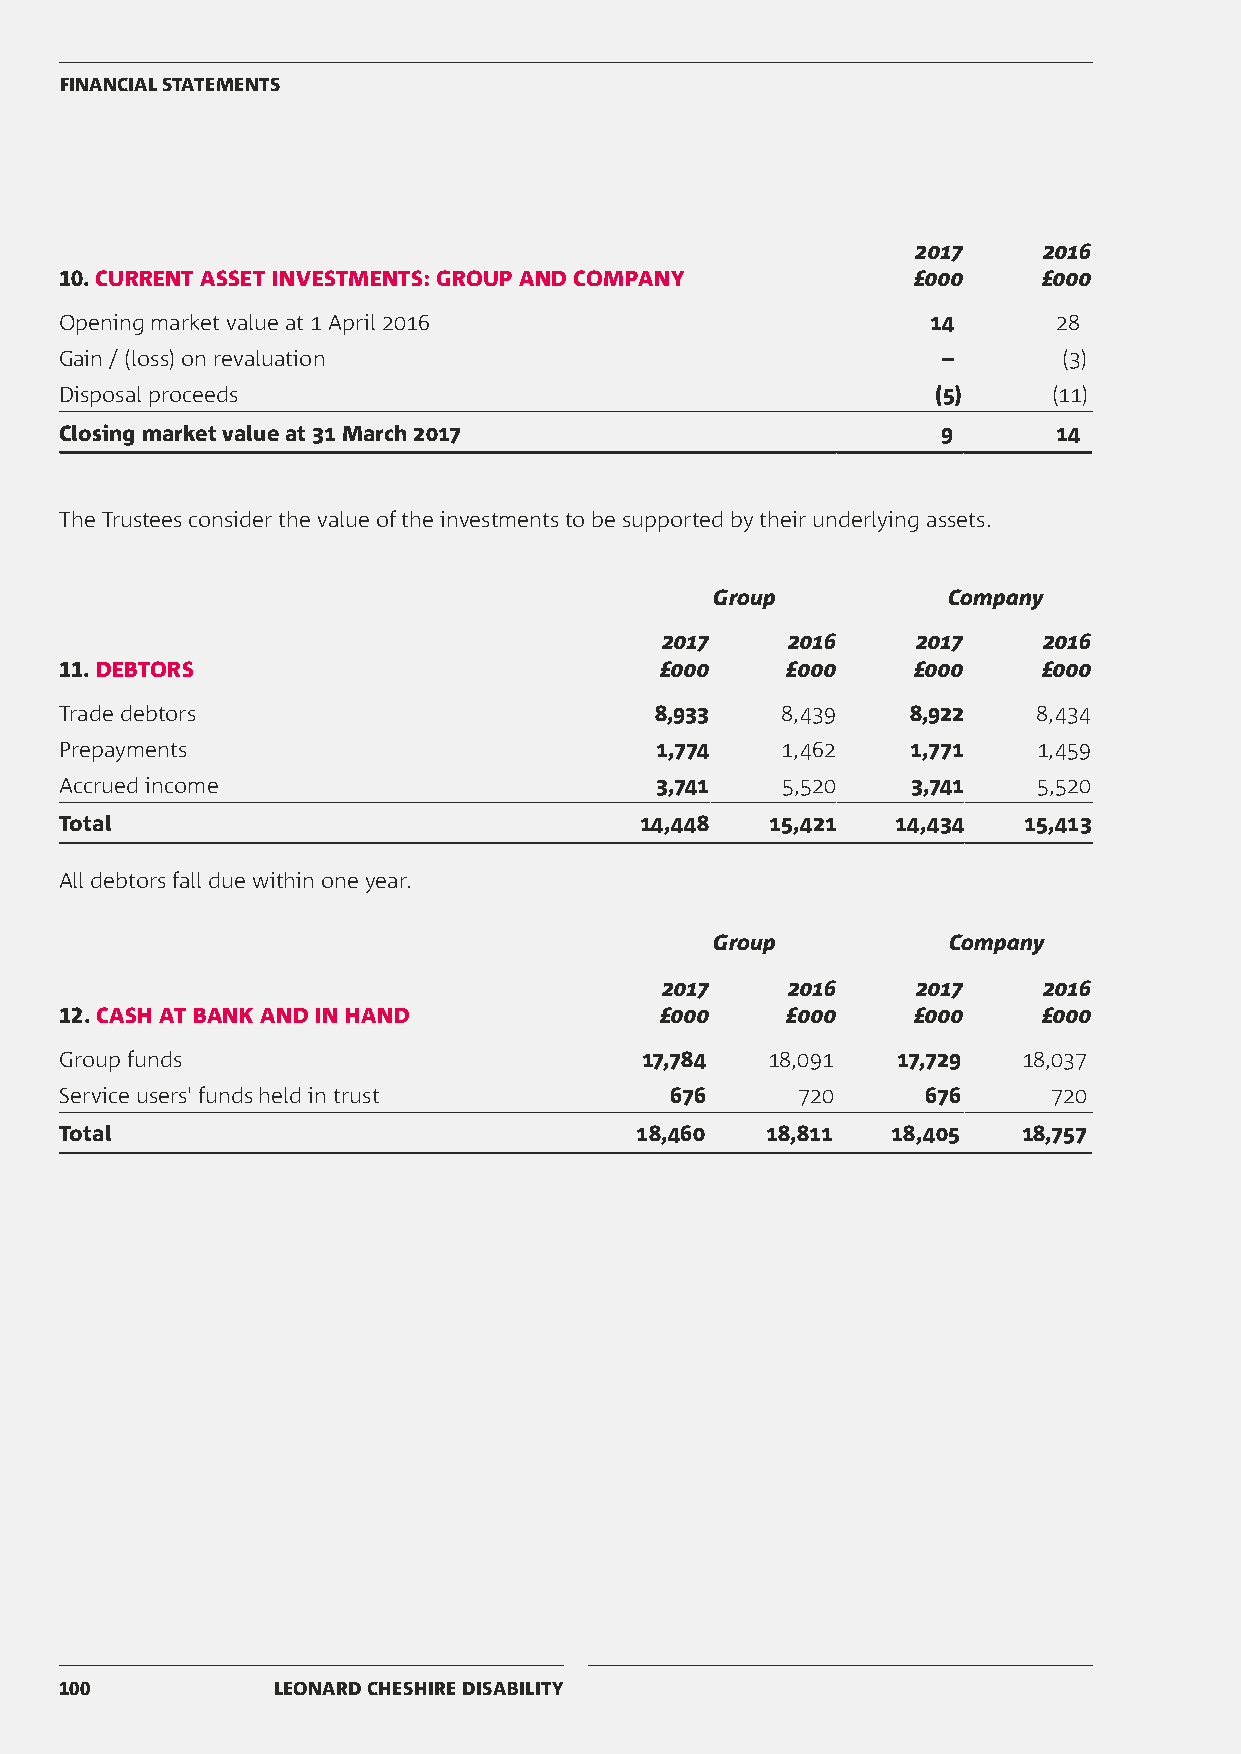
FINANCIAL STATEMENTS
 2017    2016
 10. CURRENT ASSET INVESTMENTS: GROUP AND COMPANY        £000     £000
 Opening market value at 1 April 2016                      14      28
 Gain / (loss) on revaluation                              –       (3)
 Disposal proceeds                                         (5)     (11)
 Closing market value at 31 March 2017                     9       14
 The Trustees consider the value of the investments to be supported by their underlying assets.
 Group           Company
 2017    2016     2017    2016
 11. DEBTORS                             £000    £000    £000     £000
 Trade debtors                          8,933    8,439   8,922    8,434
 Prepayments                            1,774    1,462   1,771    1,459
 Accrued income                         3,741    5,520   3,741    5,520
 Total                                 14,448   15,421  14,434   15,413
 All debtors fall due within one year.
 Group           Company
 2017    2016     2017    2016
 12. CASH AT BANK AND IN HAND            £000    £000    £000     £000
 Group funds                           17,784   18,091  17,729   18,037
 Service users' funds held in trust      676      720     676      720
 Total                                 18,460   18,811  18,405   18,757
 100           LEONARD CHESHIRE DISABILITY